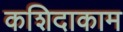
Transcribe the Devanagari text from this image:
कशिदाकाम